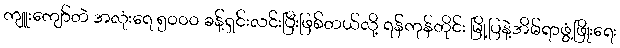
ကျူးကျော်တဲ အလုံးရေ ၅၀၀၀ ခန့်ရှင်းလင်းပြီးဖြစ်တယ်လို့ ရန်ကုန်တိုင်း မြို့ပြနဲ့အိမ်ရာဖွံ့ဖြိုးရေး